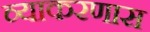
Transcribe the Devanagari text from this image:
व्याकरणास